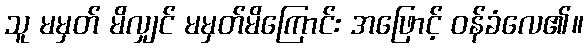
သူ မမှတ် မိလျှင် မမှတ်မိကြောင်း အဖြောင့် ဝန်ခံလေ၏။